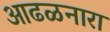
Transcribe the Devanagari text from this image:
आढळनारा